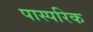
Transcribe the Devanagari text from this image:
पास्‍परिक